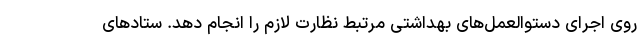
روی اجرای دستوالعمل‌های بهداشتی مرتبط نظارت لازم را انجام دهد. ستادهای